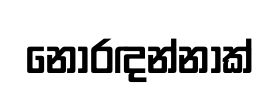
නොරඳන්නාක්